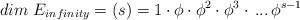
LaTeX: \begin{align*}dim~E_{infinity} = (s) = 1\cdot\phi\cdot\phi^2\cdot\phi^3\cdot\,...\,\phi^{s - 1}\end{align*}